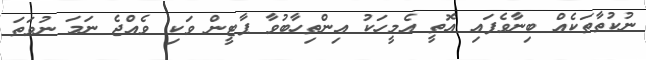
ނުކުތާތަކެއް ބިނާވެފައި އޮތީ އެމީހަކު އިންތިހާބުވާ ޕާޓީން ވަކި ވެއްޖެ ނަމަ ނުވަތަ